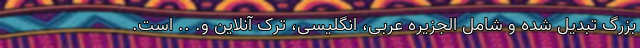
بزرگ تبدیل شده و شامل الجزیره عربی، انگلیسی، ترک آنلاین و. .. است.